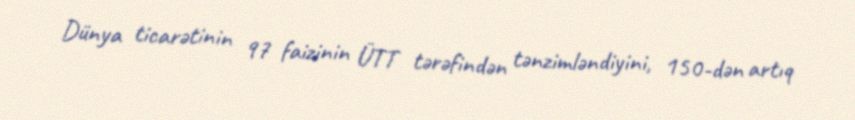
Dünya ticarətinin 97 faizinin ÜTT tərəfindən tənzimləndiyini, 150-dən artıq